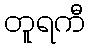
တူရကီ